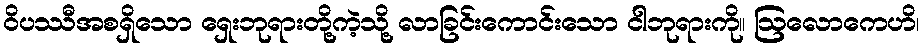
ဝိပဿီအစရှိသော ရှေးဘုရားတို့ကဲ့သို့ လာခြင်းကောင်းသော ငါဘုရားကို။ ဩလောကေဟိ၊